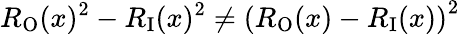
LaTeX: R_{\mathrm{O}}(x)^{2}-R_{\mathrm{I}}(x)^{2}\neq\left(R_{\mathrm{O}}(x)-R_{\mathrm{I}}(x)\right)^{2}